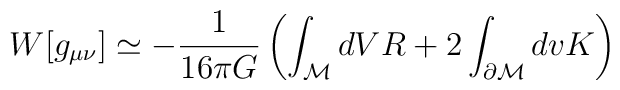
W[g_{\mu\nu}]\simeq -{1 \over 16\pi G}\left(\int_{\cal M}dVR+2\int_{\partial{\cal M}}dv K\right)